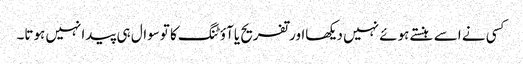
کسی نے اسے ہنستے ہوئے نہیں دیکھااورتفریح یاآؤٹنگ کا توسوال ہی پیدانہیں ہوتا۔